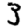
Digit: 3